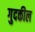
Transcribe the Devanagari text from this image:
गुदकील